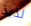
لذيذ